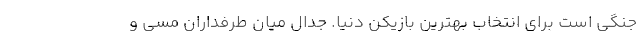
جنگی است برای انتخاب بهترین بازیکن دنیا. جدال میان طرفداران مسی و